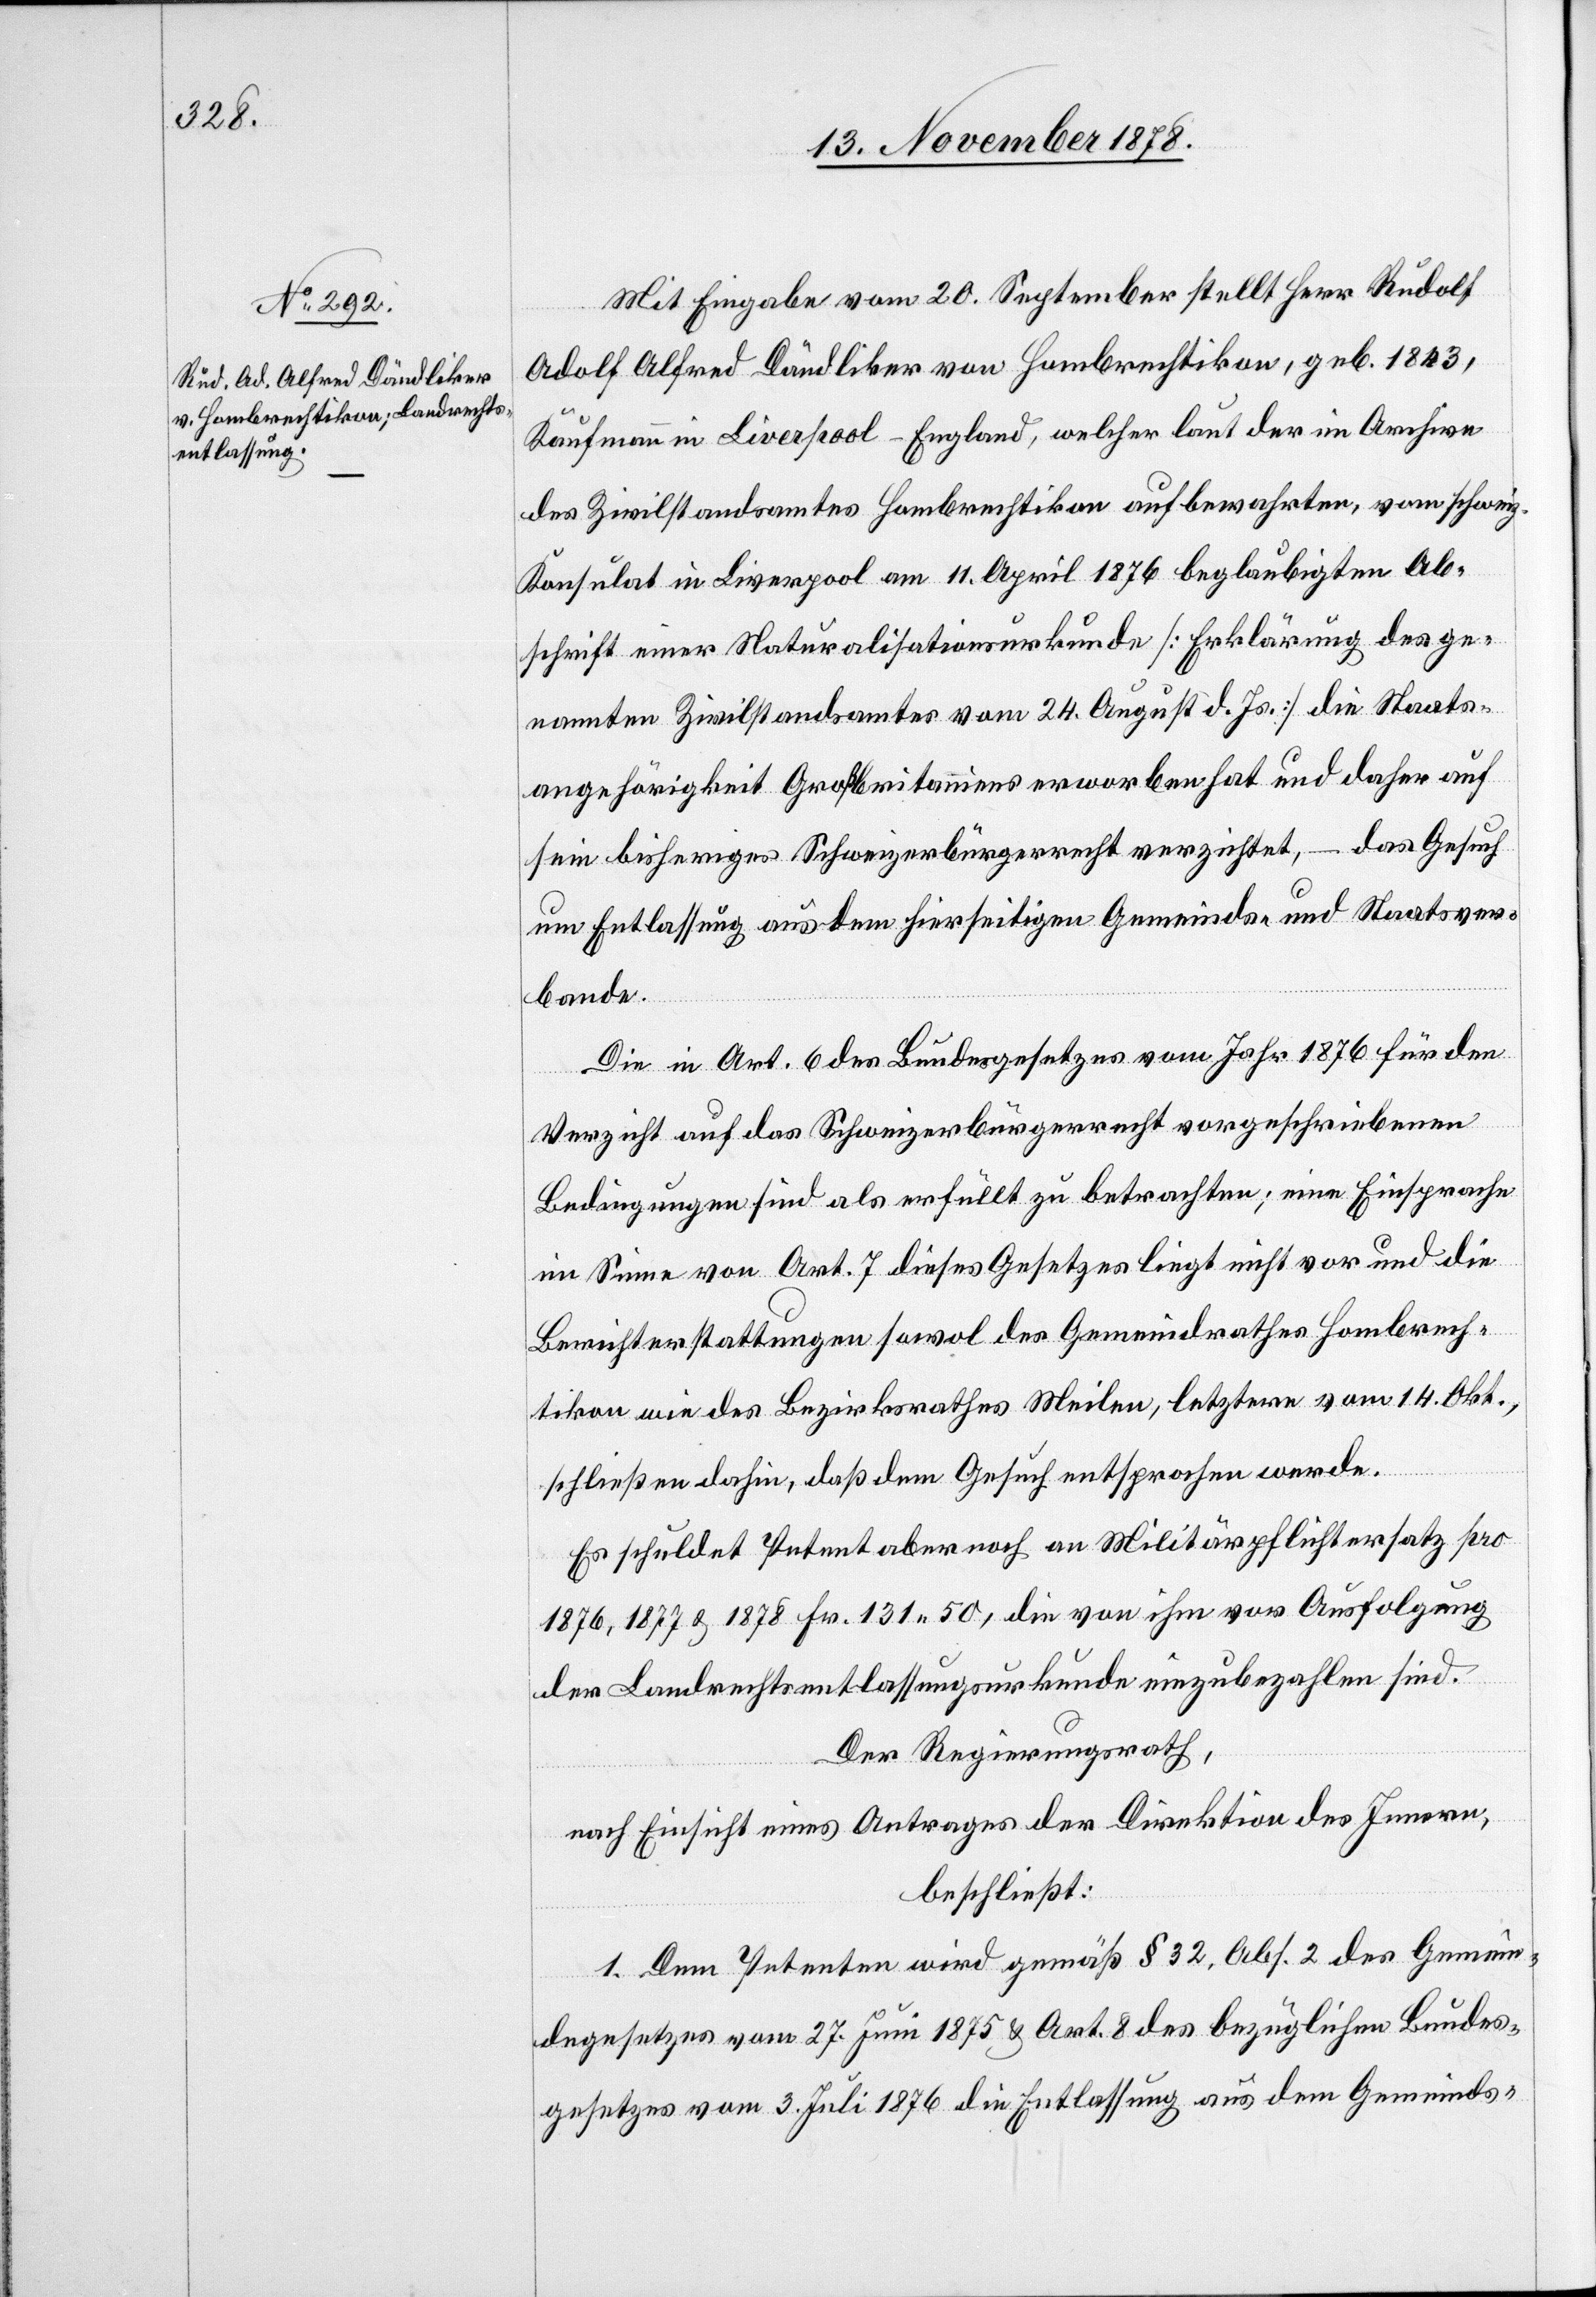
Mit Eingabe vom 20. September stellt Herr Rudolf
Adolf Alfred Dändliker von Hombrechtikon, geb. 1843,
Kaufmann in Liverpool - England, welcher laut der im Archive
des Zivilstandamtes Hombrechtikon aufbewahrten, vom schweiz.
Konsulat in Liverpool am 11. April 1876 beglaubigten Ab¬
schrift einer Naturalisationsurkunde [Erklärung des ge¬
nannten Zivilstandsamtes vom 24. August d. Js.] die Staats¬
angehörigkeit Großbritanniens erworben hat und daher auf
sein bisheriges Schweizerbürgerrecht verzichtet, – das Gesuch
um Entlassung aus dem hierseitigen Gemeinds- und Staatsver¬
bande.
Die in Art. 6 des Bundesgesetzes vom Jahr 1876 für den
Verzicht auf das Schweizerbürgerrecht vorgeschriebenen
Bedingungen sind als erfüllt zu betrachten; eine Einsprache
im Sinne von Art. 7 dieses Gesetzes liegt nicht vor und die
Berichterstattungen sowol des Gemeindrathes Hombrech¬
tikon wie des Bezirksrathes Meilen, letztere vom 14. Okt.,
schließen dahin, daß dem Gesuch entsprochen werde.
Es schuldet Petent aber noch an Militärpflichtersatz pro
1876, 1877 & 1878 Fr. 131 50, die von ihm vor Ausfolgung
der Landrechtsentlassungsurkunde einzubezahlen sind.
Der Regierungsrath,
nach Einsicht eines Antrages der Direktion des Innern,
beschließt:
1. Dem Petenten wird gemäß § 32, Abs. 2 des Gemein¬
degesetzes vom 27. Juni 1875 & Art. 8 des bezüglichen Bundes¬
gesetzes vom 3. Juli 1876 die Entlassung aus dem Gemeinds-